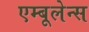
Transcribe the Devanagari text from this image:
एम्बूलेन्स